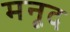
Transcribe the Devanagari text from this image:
मनूद